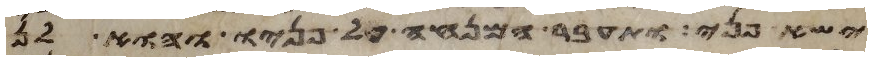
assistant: ישא פני ותעבר המנחה על פניו והוא לן